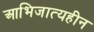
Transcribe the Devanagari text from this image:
आभिजात्यहीन